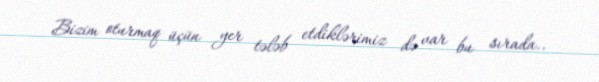
Bizim oturmaq üçün yer tələb etdiklərimiz də var bu sırada..